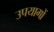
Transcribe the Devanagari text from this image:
उपयागों